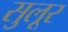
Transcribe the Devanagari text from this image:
सुलूर